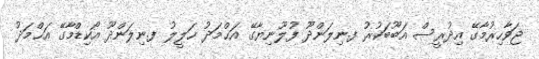
ޖަވާހިރުމާގޭ އިދުރީސް އަބޫބަކުރު ފ.ނިލަންދޫ ފުލޫނިޔާގޭ އަޙްމަދު ޚަލީލު ފ.ނިލަންދޫ އޯކިޑްމާގޭ އަޙްމަދު